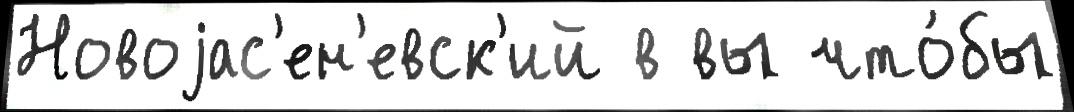
Новоjас'ен'евск'ий в вы что́бы